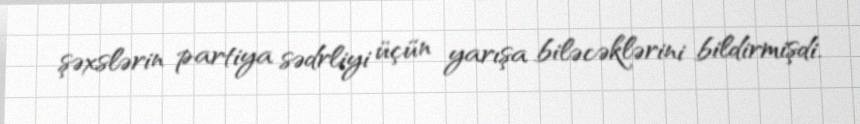
şəxslərin partiya sədrliyi üçün yarışa biləcəklərini bildirmişdi.